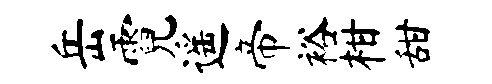
岳霓遥帝裕柑甜